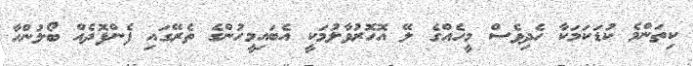
ކިތަންމެ ކުޑަކަމަކާ ހެދިވެސް މީހެއްގެ ލޭ އޮހޮރުވާލުމަކީ އެބައިމީހުންގެ ތެރޭގައި ފެންފޮދެއް ބޯލުންހާ